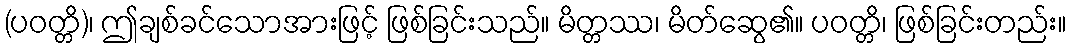
(ပဝတ္တိ)၊ ဤချစ်ခင်သောအားဖြင့် ဖြစ်ခြင်းသည်။ မိတ္တဿ၊ မိတ်ဆွေ၏။ ပဝတ္တိ၊ ဖြစ်ခြင်းတည်း။